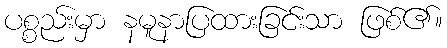
ပစ္စည်းမှာ နမူနာပြထားခြင်းသာ ဖြစ်၏။